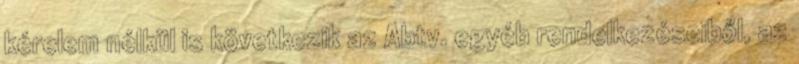
kérelem nélkül is következik az Abtv. egyéb rendelkezéseiből, az